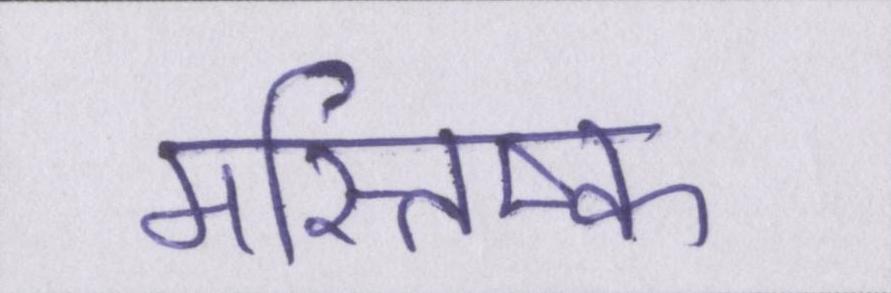
मस्तिष्क